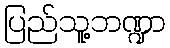
ပြည်သူ့ဘဏ္ဍာ